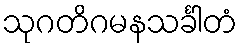
သုဂတိဂမနသင်္ခါတံ